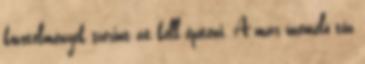
követelmények szerint át kell építeni. A már üzemelõ tûz